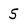
Character: 5